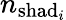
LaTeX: n_{\mathrm{shad}_{i}}